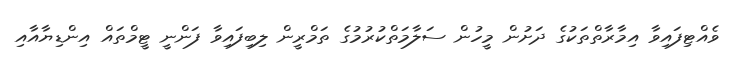
ވެއްޓިފައިވާ އިމާރާތްތަކުގެ ދަށުން މީހުން ސަލާމަތްކުރުމުގެ ތަމްރީން ލިބިފައިވާ ފަންނީ ޓީމްތައް އިންޑިޔާއާއި